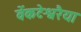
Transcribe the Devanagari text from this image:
वेंकटेश्वरैया